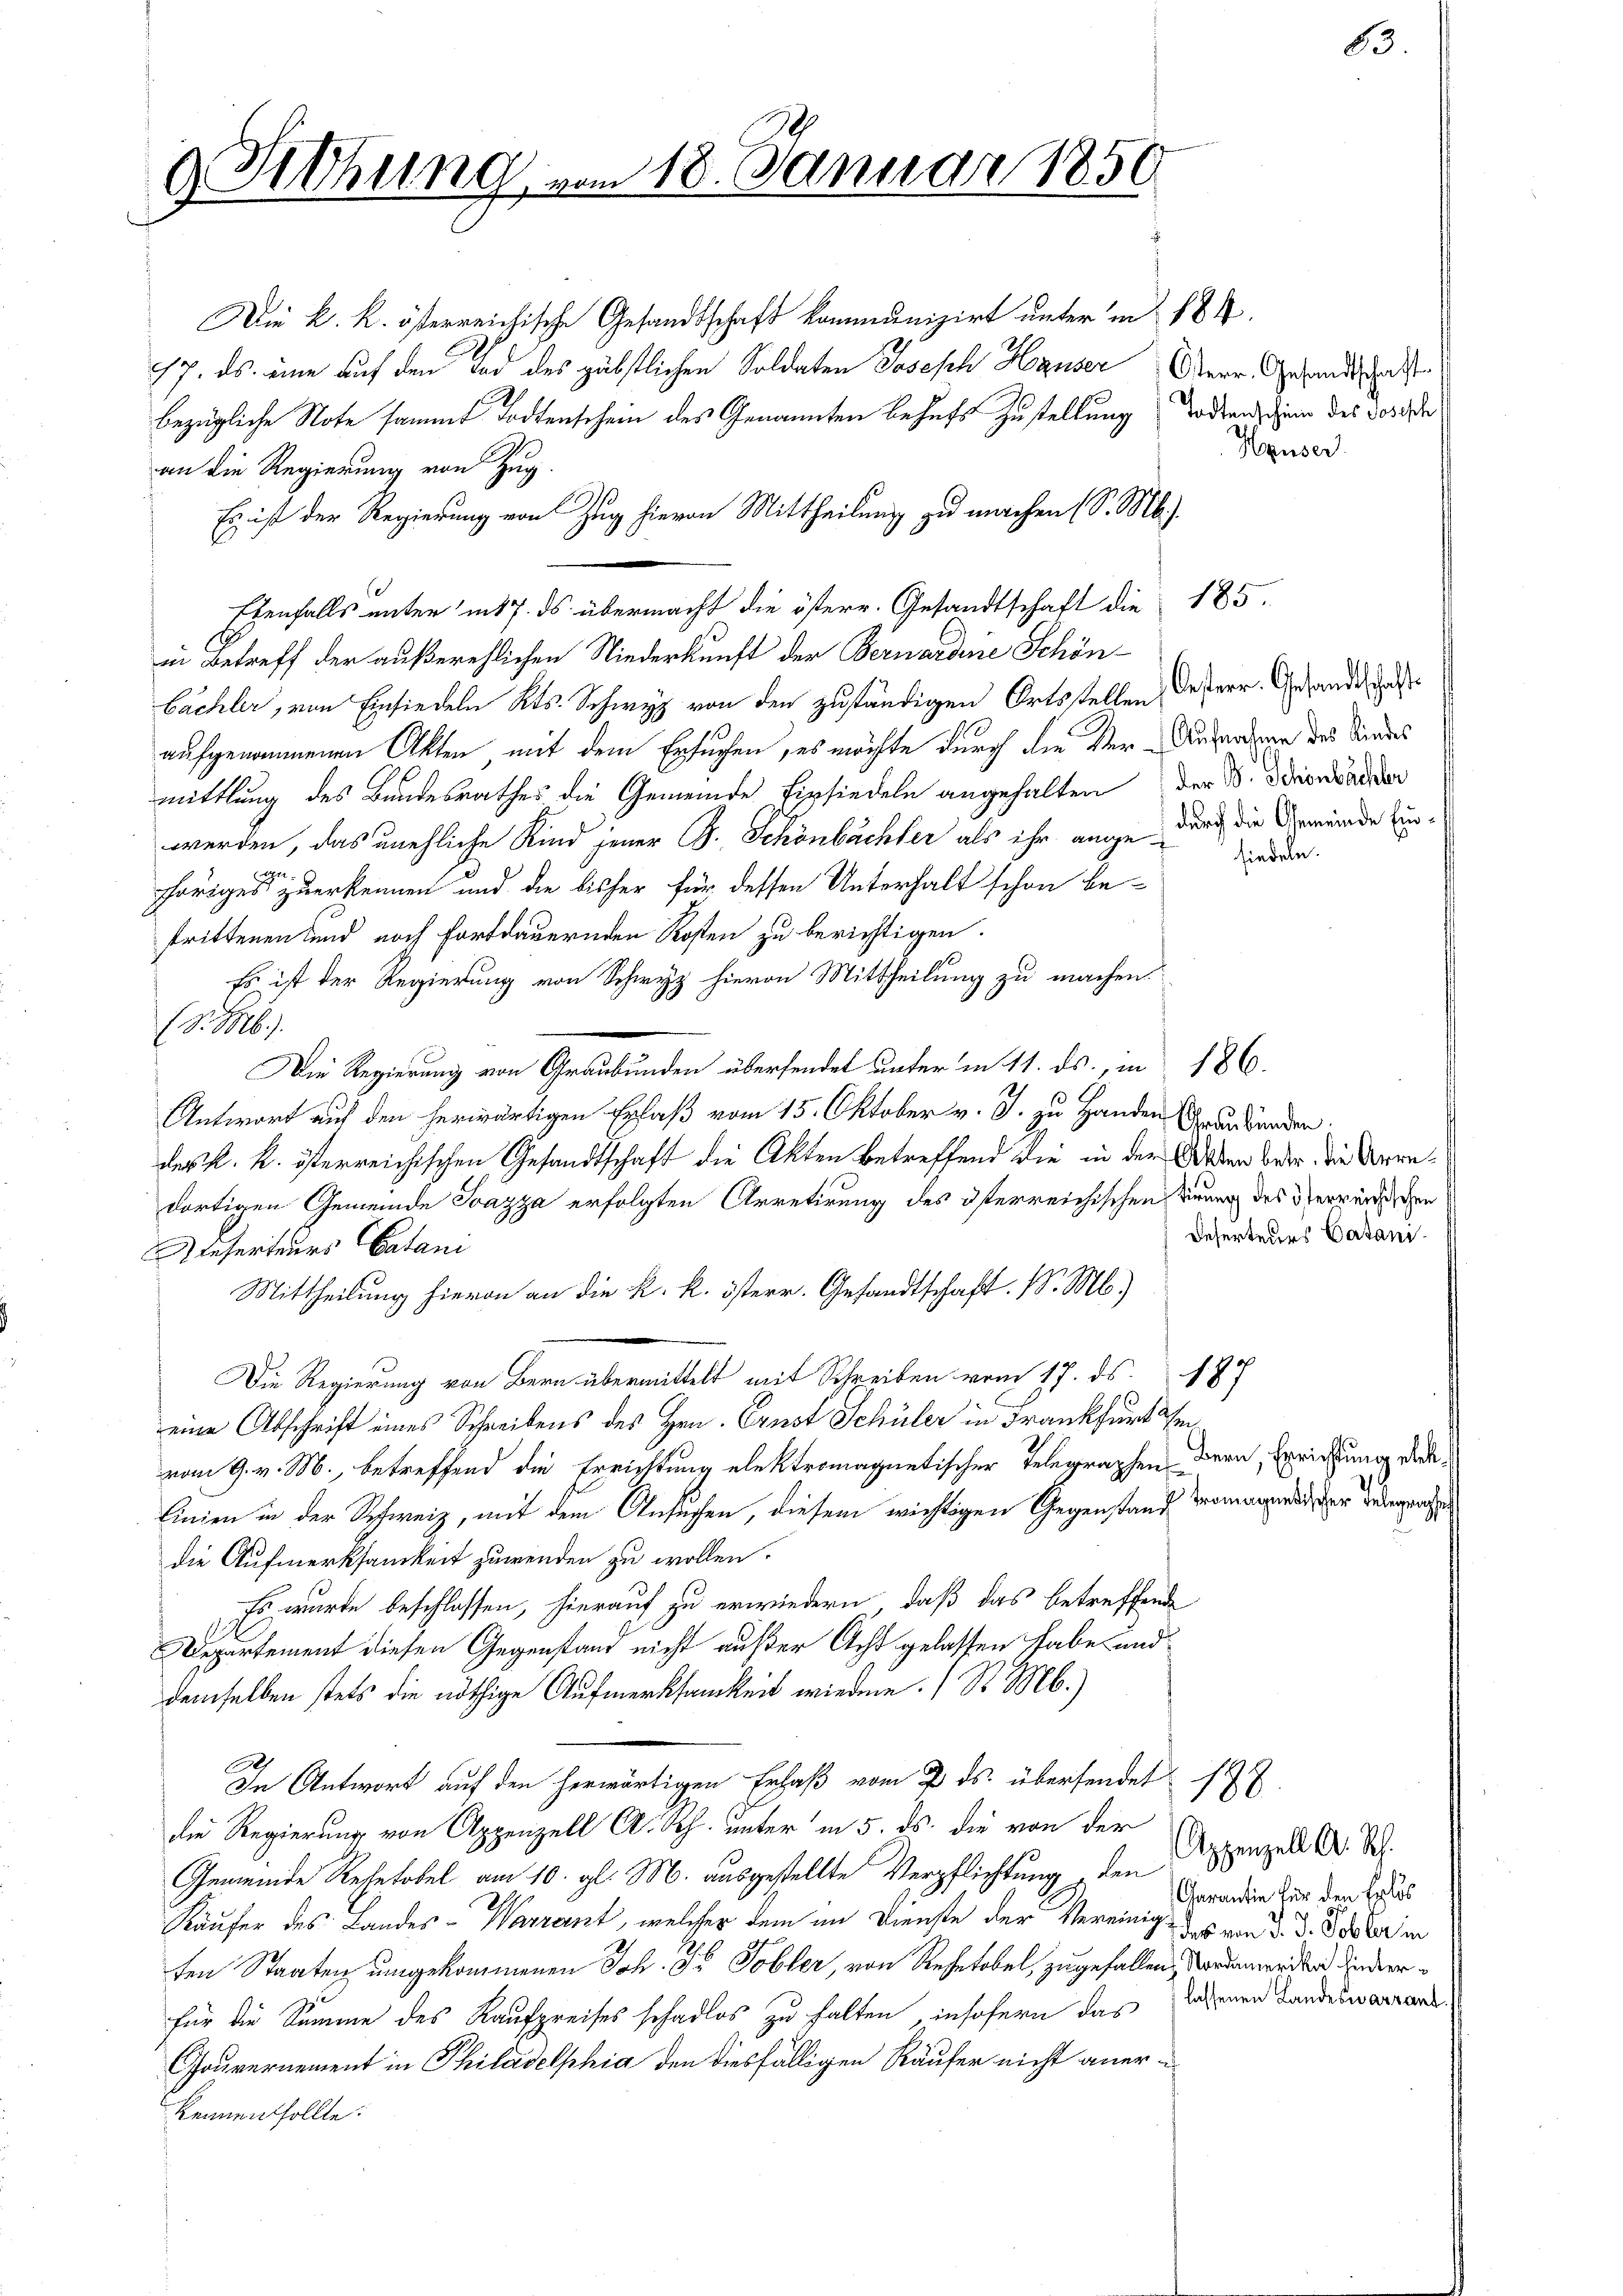
9 Sitzung vom 18. Januar 1850

Die k. k. österreichische Gesandtschaft kommunizirt unter in 184.
17. ds. eine auf den Tod des gäbstlichen Soldaten Joseph Hauser Herr Gesandtschaf
bezügliche Note sammt Todtenschein des Genannten behufs Zustellung Todtens hin des Jose
an die Regierung von Zug.
Es ist der Regierung von Zug hievon Mittheilung zu machen (S. Mb.).
Ebenfalls unter in 17. ds übermacht die österr. Gesandtschaft die 185.
in Betreff der außerehlichen Niederkunft der Bernardine Schönbächler, von Einsiedeln Kts. Schwyz von den zuständigen Ortsstellen desterr. Gesandt, das
aufgenommenen Akten mit dem Ersuchen, es möchte durch die der-Unterden des Kindes
mittlung des Bundesrathes die Gemeinde Einsiedeln angehalten der V. Dionvador
werden, das unehliche Kind jener B. Schönbächter als ihr ange durch die Gemeinde Einhöriges zu erkennen und die bisher für dessen Unterhalt schon betrittenen und noch fortdauernden Kosten zu berichtigen.
Es ist der Regierung von Schwyz hievon Mittheilung zu machen.
(d. b.
Die Regierung von Graubünden übersendet unter in 11. ds., in 186.

Antwort auf den herwärtigen Erlaß vom 15. Oktober v. J. zu Handen Geldenden
des k. k. österreichischen Gesandtschaft die Akten betreffend die in der Akten betr. die Veredortigen Gemeinde Ivazza erfolgten Arretirung des österreichischen Kirung des Verreichen
Referteurs Catani
Mittheilung hievon an die k. k. österr. Gesandtschaft. P. M.)
Die Regierung von Bern übermittelt mit Schreiben vom 17. ds.
eine Abschrift eines Schreibens des Hrn. Ernst Schüler in Frankfurt ei
vom 9. v. M., betreffend die Errichtung elektromagnetischer Telegraphen Bern, Errichtung des¬
Linien in der Schweiz, mit dem Ansuchen, diesem wichtigen Gegenstand von der der
die Aufmerksamkeit zuwenden zu wollen.
Es wurde beschlossen, hierauf zu erwiedern, daß das betreffende
Departement diesen Gegenstand nicht außer Acht gelassen habe und
demselben stets die nöthige Aufmerksamkeit wiedere. (S. M.)
In Antwort auf den herwärtigen Erlaß vom 7. ds. übersendet
die Regierung von Appenzell A. Rh. unter in 5. ds. die von der
Gemeinde Rehetobel am 10. gl. M. ausgestellte Verpflichtung den
Käufer des Landes-Warrant, welcher dem im Dienste der Vereinige von d. d. Peter in
ten Staaten umgekommenen Joh. Fr. Tobler, von Refetobel, zugefallen, wordemenden Kindere
für die Summe des Kaufpreises schadlos zu halten, insofern das Lehenen Landes waren.
Gouvernement in Philadelphia den diesfälligen Räufer nicht anerkennen sollte.

Huser

siedeln.

Deserteurs Catani¬

6

188
Appenzell A. Rh.
Aarantie für den Erlös